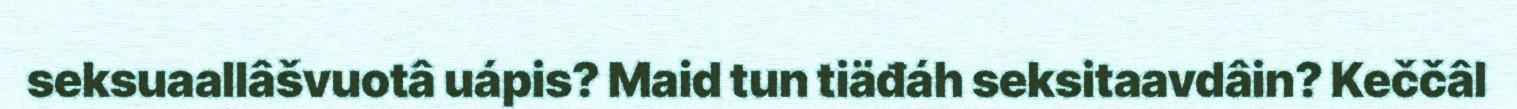
seksuaallâšvuotâ uápis? Maid tun tiäđáh seksitaavdâin? Keččâl